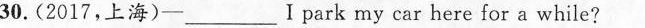
30.(2017,上海)-_________Ⅰpark my car here for a while?